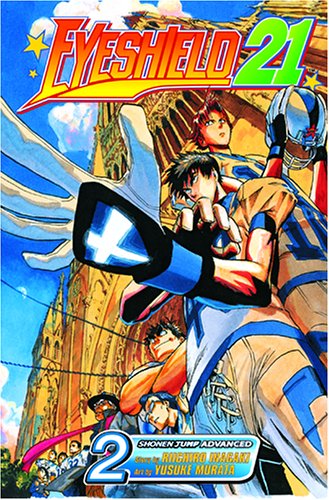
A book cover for Eyeshield 21, Vol. 2; Riichiro Inagaki; Comics & Graphic Novels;